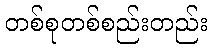
တစ်စုတစ်စည်းတည်း